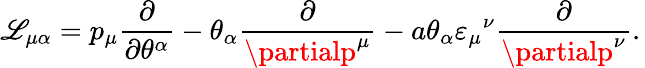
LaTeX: \mathscr{L}_{\mu\alpha}=p_{\mu}\frac{{\partial}}{{\partial\theta^{\alpha}}}-\theta_{\alpha}\frac{{\partial}}{{\partialp^{\mu}}}-a\theta_{\alpha}\varepsilon_{\mu}{}^{\nu}\frac{{\partial}}{{\partialp^{\nu}}}.\,